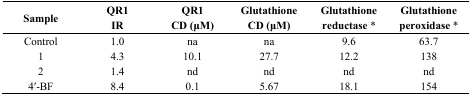
<table><thead><tr><td><b>Sample</b></td><td><b>QR1 IR</b></td><td><b>QR1 CD (μM)</b></td><td><b>Glutathione CD (μM)</b></td><td><b>Glutathione reductase *</b></td><td><b>Glutathione peroxidase *</b></td></tr></thead><tbody><tr><td>Control</td><td>1.0</td><td>na</td><td>na</td><td>9.6</td><td>63.7</td></tr><tr><td>1</td><td>4.3</td><td>10.1</td><td>27.7</td><td>12.2</td><td>138</td></tr><tr><td>2</td><td>1.4</td><td>nd</td><td>nd</td><td>nd</td><td>nd</td></tr><tr><td>4′-BF</td><td>8.4</td><td>0.1</td><td>5.67</td><td>18.1</td><td>154</td></tr></tbody></table>